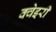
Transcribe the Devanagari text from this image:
क्वेइरी